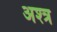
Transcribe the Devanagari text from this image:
अश्त्र